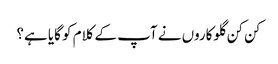
کن کن گلوکاروں نے آپ کے کلام کو گایا ہے؟